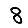
Digit: 8